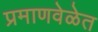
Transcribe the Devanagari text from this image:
प्रमाणवेळेत